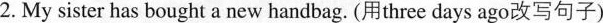
2.My sister has bought a new handbag. (用three days ago改写句子)